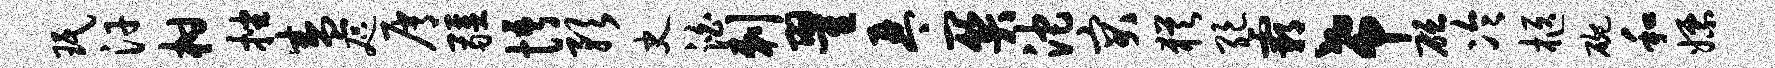
珉汗柑挫盛咫屑疆悟预史泊剌翟琴关沱突犹绝霸希砭冷柩碗和嫖